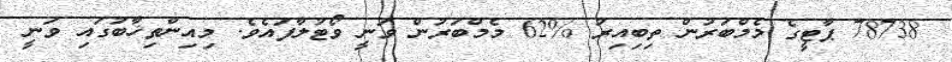
78738 ޕާޓީގެ މެމްބަރުން ތިބިއިރު %62 މެމްބަރުން ވަނީ ވޯޓުލާފައެވެ. މިއިންތިޚާބުގައި ވަނީ